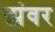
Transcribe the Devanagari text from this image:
झंवर